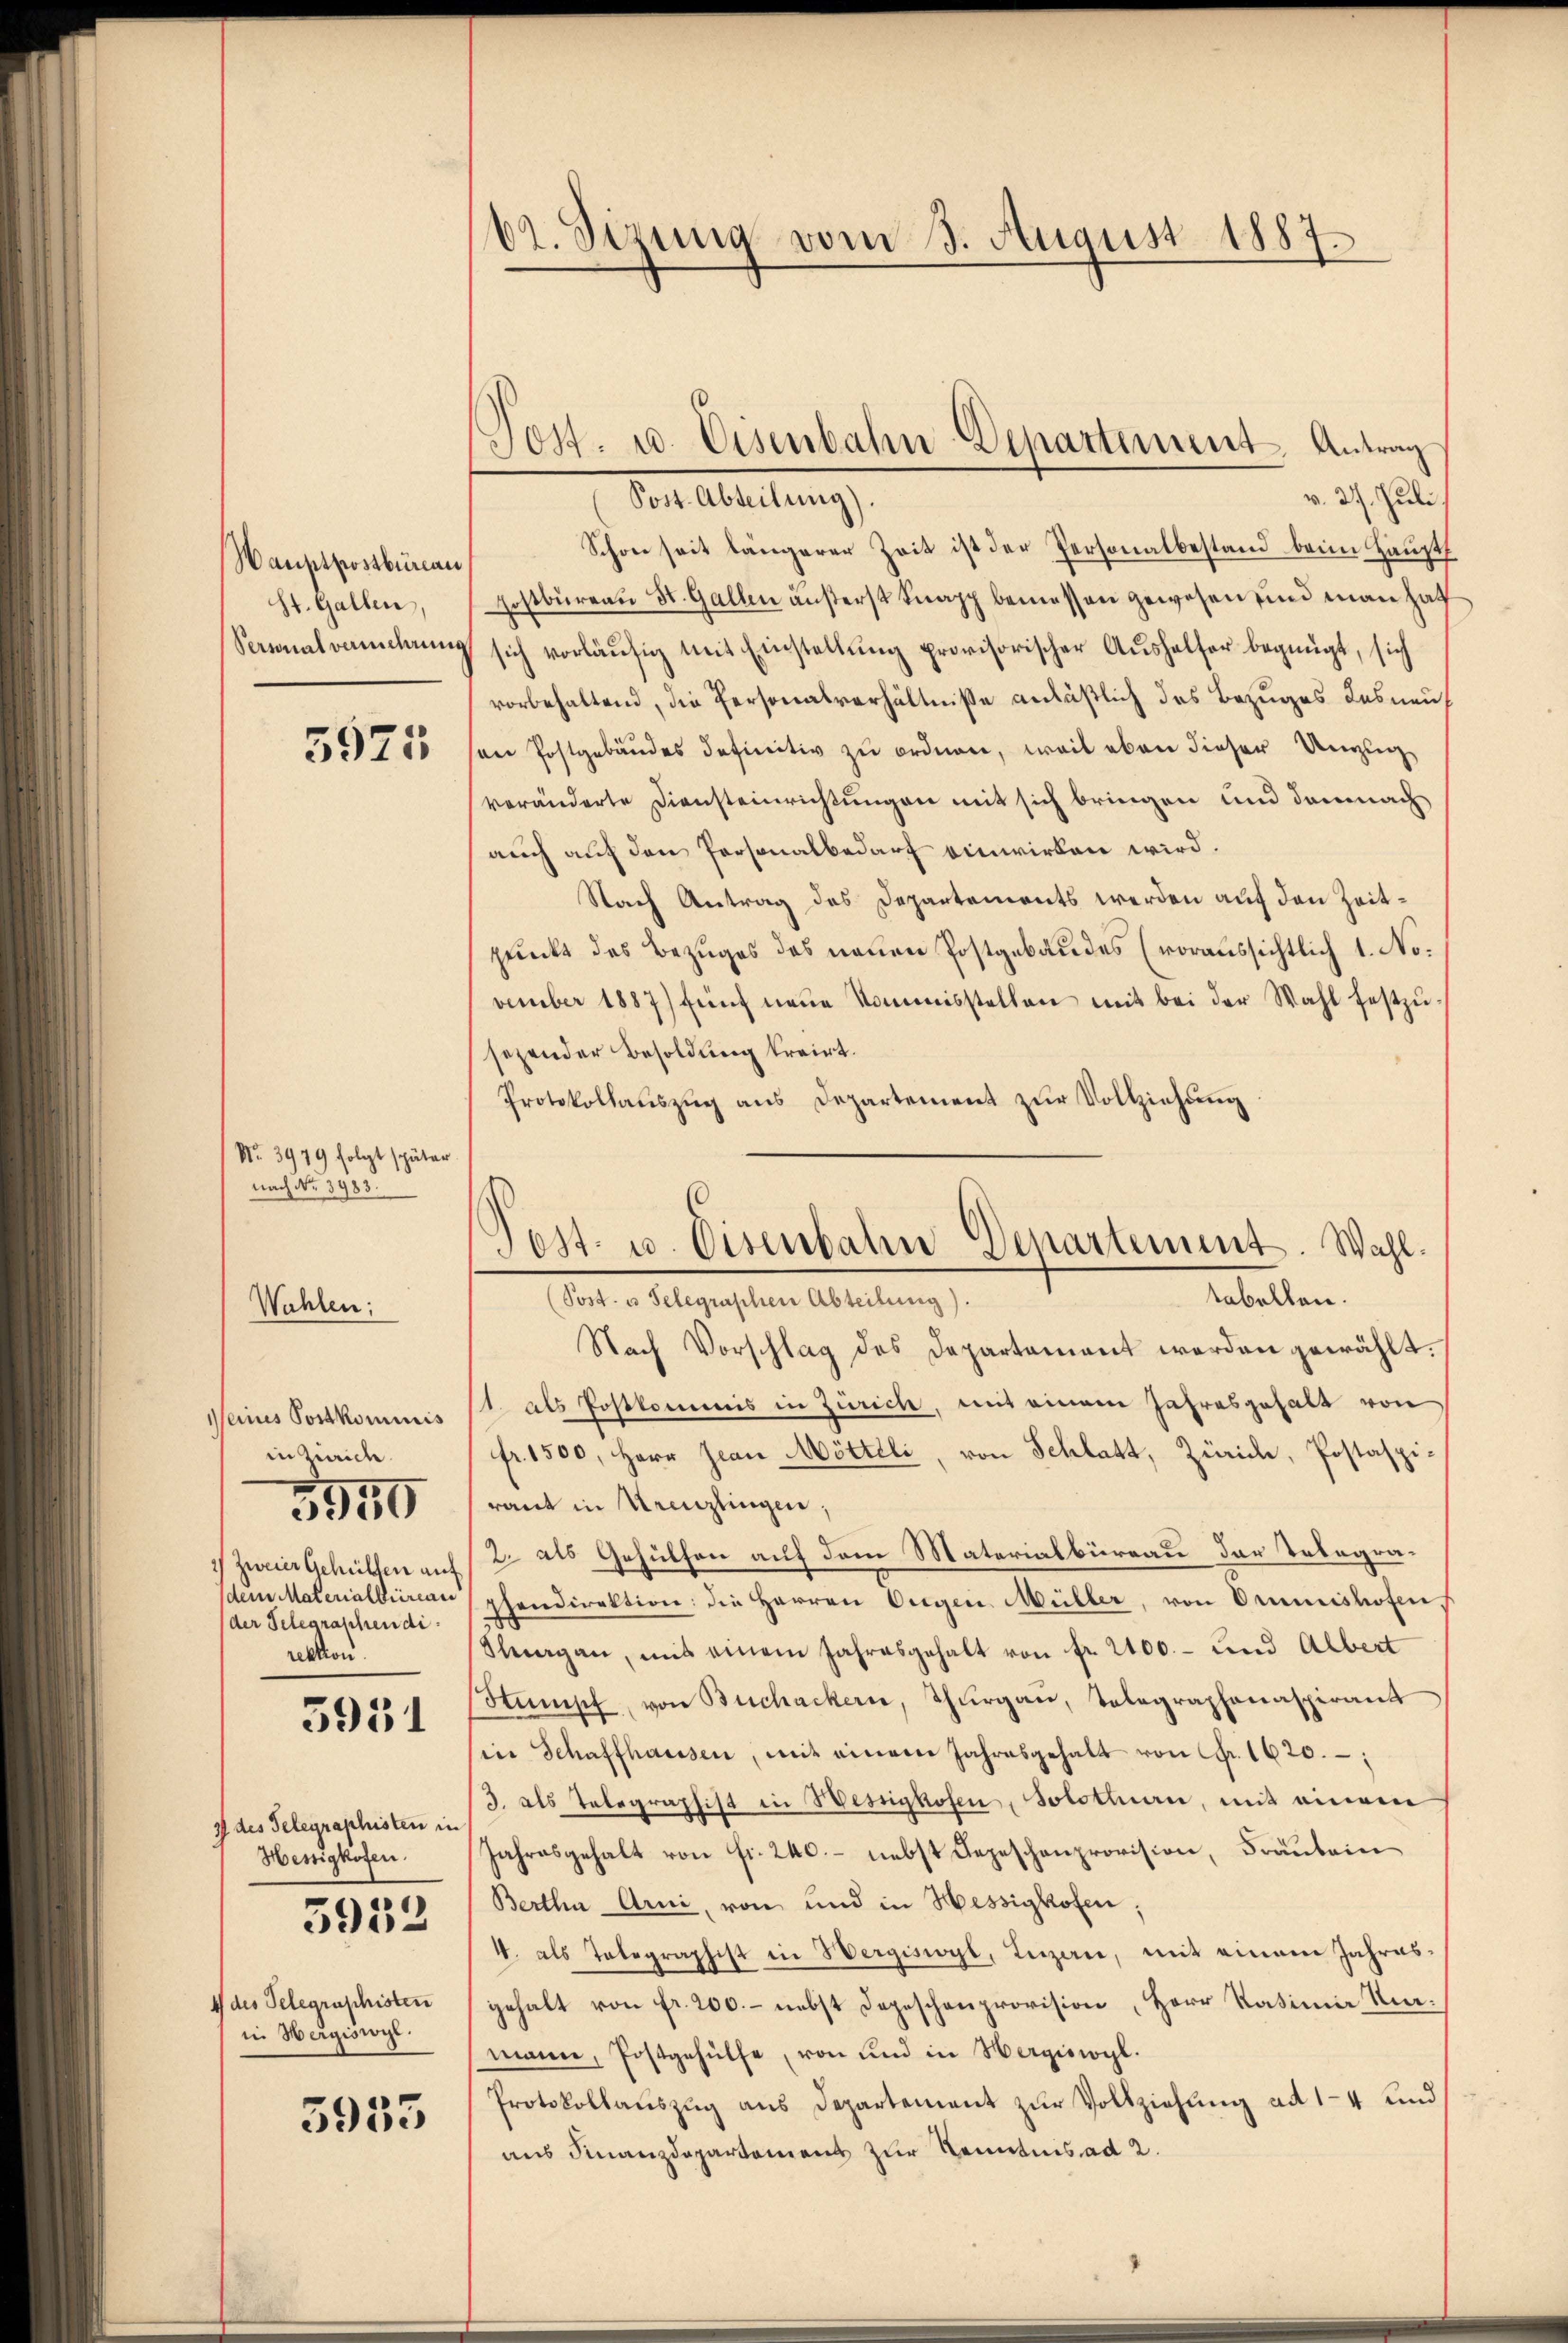
Hauptpostbüreau
St. Gallen,
Seminalvermehrung

Wahlen;

5925

No. 3979 folgt später.
nach No. 3983.

Meines Postkominis
in Zürich.

5550

1) Zweier Gehüllen auf
dem Materialbureau
(der Telegraphen di
rektion.

3931

I des Telegraphisten in
Hessigkofen.
4 des Telegraschisten
in Hergiswyl.

5952

5955

62. Sizung vom 3. August 1887.

v. 27. Juli
Sost. Abteilung).
Schon seit längerer Zeit ist der Personalbestand beim Hauptf
Hostbureau St. Gallen äusterst Knapp bemessen gewesen und man hat
sich vorläufig mit Einstellung provisorischer Aushalfer begnügt, sich
vorbehaltend, die Personalverhältnisse anläßlich des Bezuges desnauf
an Postgebäudes definitiv zu ordnen, weil eben dieser Unzug
veränderte Diensteinrichtungen mit sich bringen und demnach
auch auf den Personalbedarf einwirken wird.
Nach Antrag des Departements werden auf den Zeitpunkt des Bezuges des neuen Postgebäudes (voraussichtlich 1. No.
vember 1887) fünf neŭe Kommisstellen mit bei der Wahl festzŭ-
sezender Besoldung treint.
Protokollaŭszŭg ans Departement zŭr Vollziehŭng

Jos. u. Eisenbahn-Departement. Antrag

sest. u. Visenbahn Departement. Wahl.
tabellen.
(Post- u Selegraschen Abteilung).

Nach Vorschlag des Departament werden gewählt.
1. als Postkommis in Zürich, mit einem Jahresgehalt von
fr. 1500, Herr Jean Mötteli, von Schlatt, Zürich, Postaspiraut in Kreuzlingen,
2. als Gehülfen auf dem Materialbüreau der Telegrapendirektion: die Herren Orgen Müller, von Omnishofen.
Shagan, mit einem Jahresgehalt von fr. 2400.- und Albert
Stumpf von Buchackern, Thŭrgaŭ, Tolographonaspirant
seie Schaffhausen, mit einem Jahresgehalt von Fr. 1620.
3. als Telegraphist in Wesnghofen, Solothurn, mit einem
Jahresgehalt von fr. 240. – nebst Depeschenprovision, Frautein
Bertha Arni, von und in Hessigkofen;
4. als Totographist in Wergiswyl, Luzern, mit einem Jahresgehalt von fr. 200.- nebst Depeschenprovision, Herr Ratina Kirmann, Postgehülfe, von und in Hergiswyl.
Protokollaŭszŭg ans Departement zŭr Vollziehŭng ad 14 und
aus Finanzdepartement zur Kenntnis ad 2.